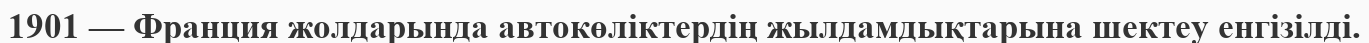
1901 — Франция жолдарында автокөлiктердiң жылдамдықтарына шектеу енгiзiлді.